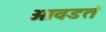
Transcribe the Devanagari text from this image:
आवडतं